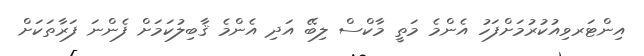
އިންޓަރވިއުކުރުމަށްފަހު އެންމެ މަތީ މާކްސް ލިބޭ އަދި އެންމެ ޤާބިލުކަމަށް ފެންނަ ފަރާތަކަށް